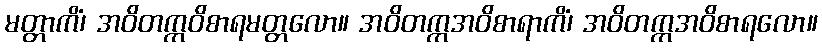
မတ္တာကိံ၊ အဝိတက္ကဝိစာရမတ္တလော။ အဝိတက္ကအဝိစာရာကိံ၊ အဝိတက္ကအဝိစာရလော။